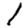
Digit: 1